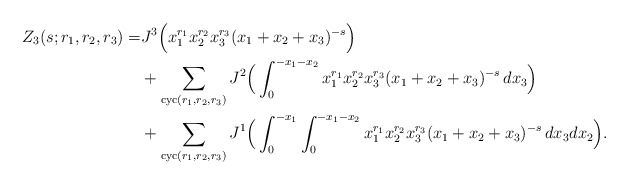
\begin{align*} Z_3(s;r_1,r_2,r_3)=&J^3\Big(x_1^{r_1}x_2^{r_2}x_3^{r_3}(x_1+x_2+x_3)^{-s}\Big)\\ &+\sum_{{\rm cyc}(r_1,r_2,r_3)} J^2\Big(\int_0^{-x_1-x_2} x_1^{r_1}x_2^{r_2}x_3^{r_3}(x_1+x_2+x_3)^{-s} \,dx_3\Big)\\ &+\sum_{{\rm cyc}(r_1,r_2,r_3)} J^1\Big(\int_0^{-x_1}\int_0^{-x_1-x_2} x_1^{r_1}x_2^{r_2}x_3^{r_3}(x_1+x_2+x_3)^{-s} \,dx_3dx_2\Big).\end{align*}